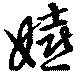
嬉